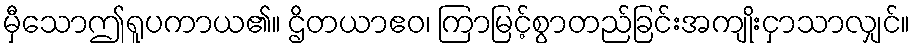
မှီသောဤရူပကာယ၏။ ဌိတယာဧဝ၊ ကြာမြင့်စွာတည်ခြင်းအကျိုးငှာသာလျှင်။